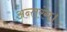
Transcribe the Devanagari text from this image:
अन्तरंग।